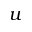
u